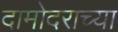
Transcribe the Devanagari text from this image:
दामोदराच्या